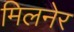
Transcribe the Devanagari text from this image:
मिलनेर